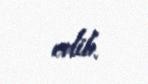
edib.